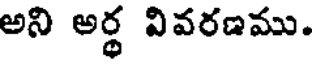
అని అర్థ వివరణము.